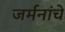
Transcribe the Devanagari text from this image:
जर्मनांचे